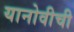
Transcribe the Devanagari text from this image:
यानोवीची